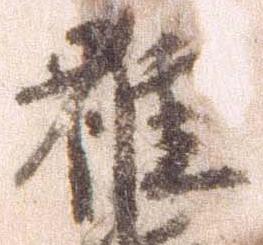
雖